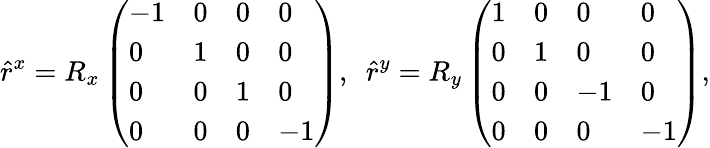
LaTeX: \hat{r}^{x}=R_{x}\left(\begin{array}{llll}{-1}&{0}&{0}&{0}\\ {0}&{1}&{0}&{0}\\ {0}&{0}&{1}&{0}\\ {0}&{0}&{0}&{-1}\end{array}\right),\, \, \, \hat{r}^{y}=R_{y}\left(\begin{array}{llll}{1}&{0}&{0}&{0}\\ {0}&{1}&{0}&{0}\\ {0}&{0}&{-1}&{0}\\ {0}&{0}&{0}&{-1}\end{array}\right)\mathrm{,}